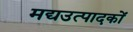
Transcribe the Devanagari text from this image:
मद्यउत्पादकों